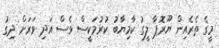
މީގެ ތެރެއިން ޔޫރޮޕާ ލީގު ކާމިޔާބު ކުރުމަކީސް ވެސް އަދި ވަރަށް ދިގު